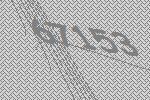
67153